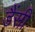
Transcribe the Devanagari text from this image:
डैंसी